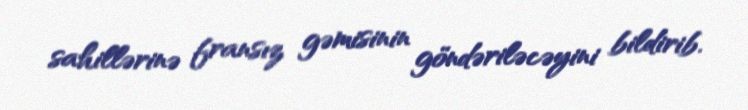
sahillərinə fransız gəmisinin göndəriləcəyini bildirib.